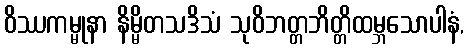
ဝိဿကမ္မုနာ နိမ္မိတသဒိသံ သုဝိဘတ္တဘိတ္တိထမ္ဘသောပါနံ,